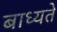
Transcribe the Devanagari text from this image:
बाध्यते